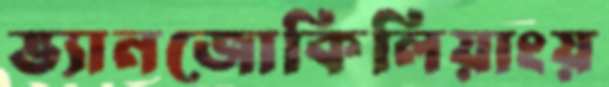
ভ্যানজোকিলিয়াংয়